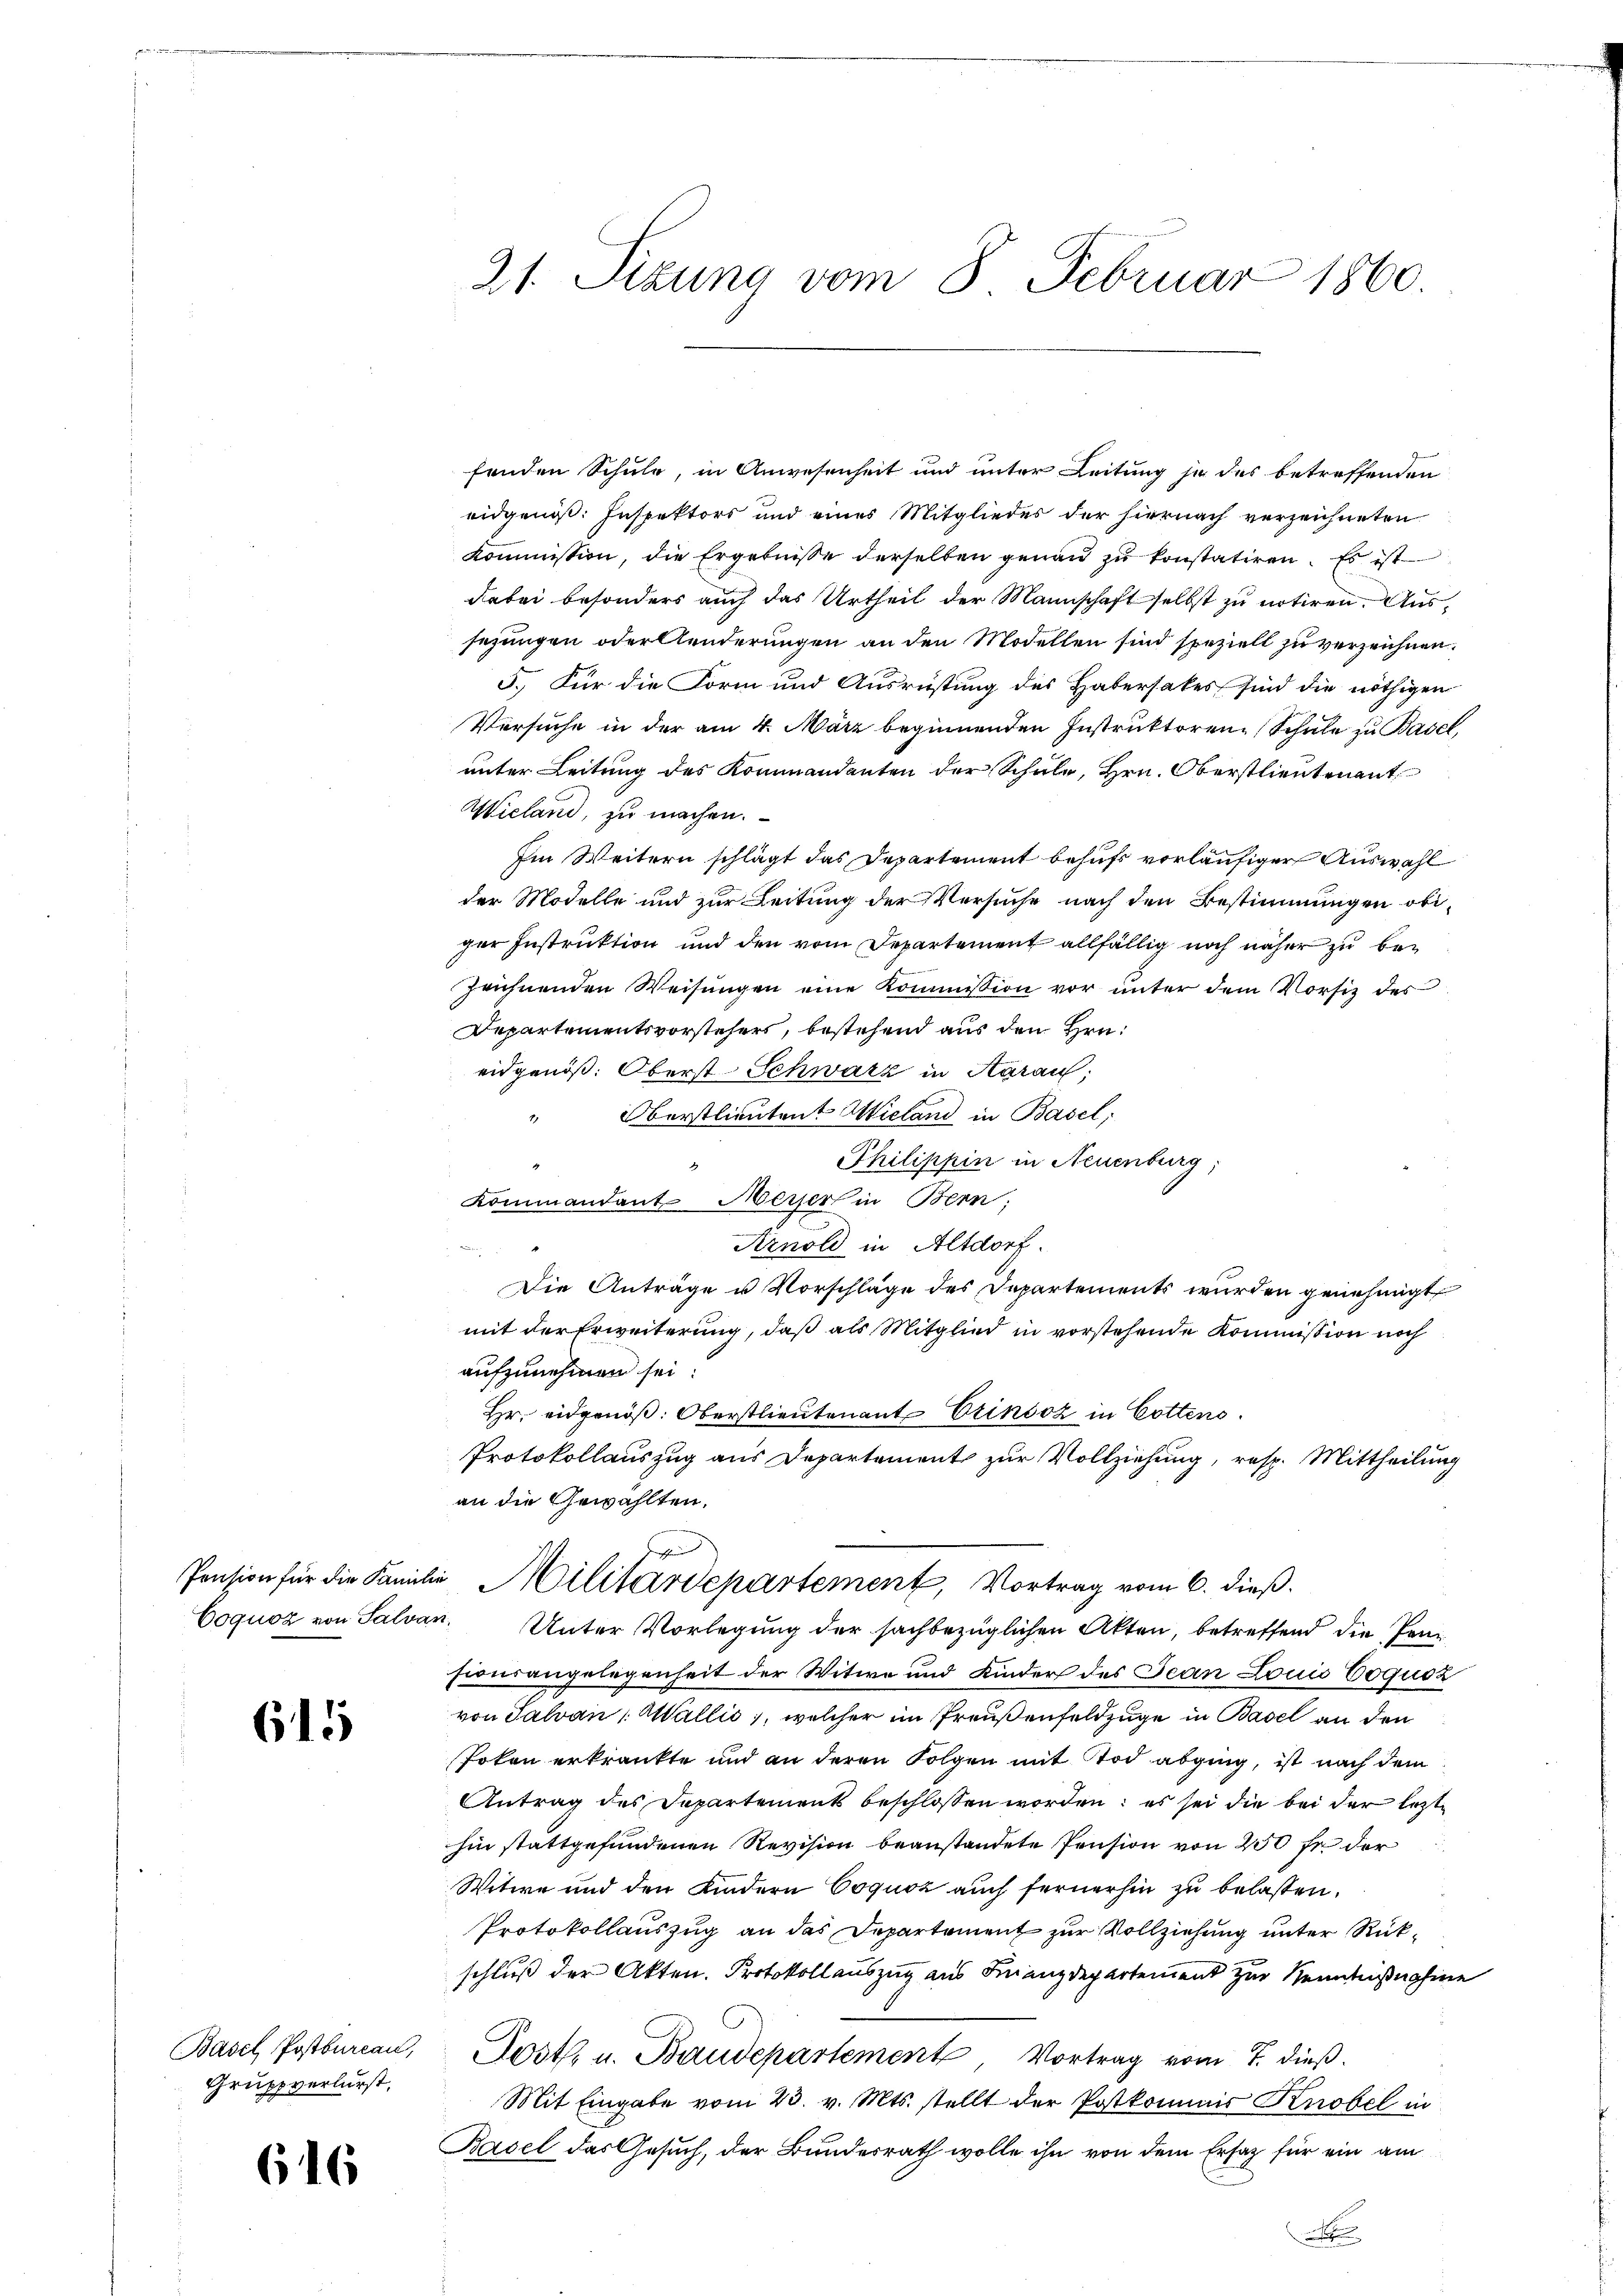
615

Basel Postbureau,
Gruppverlurst,

616

21. Sizung vom 8. Februar 1860.

fenden Schule, in Anwesenheit und unter Leitung je des betreffenden
eidgenöß: Inspektors und eines Mitgliedes der hiernach verzeichneten
kommission, die Ergebnisse derselben genau zu konstatiren. Es ist
dabei besonders auch das Urtheil der Mannschaft selbst zu notiren. Aussezungen oder Aenderungen an den Modellen sind speziell zu verzeichnen.
5. Für die Form und Ausrüstung des Habersakes sind die nöthigen
Versuche in der am 4. März beginnenden Instruktoren Schule zu Basel,
unter Leitung des Kommandanten der Schule, Hrn. Oberstlieutenant
Wieland, zu machen.
Im Weitern schlägt das Departement behufs vorläufiger Auswahl
der Modelle und zur Leitung der Versuche nach den Bestimmungen obiger Instruktion und den vom Departement allfällig noch näher zu bezeichnenden Weisŭngen eine Kommission vor ŭnter dem Vorsitz des
Departementsvorstehers, bestehend aus den Hrn.
eidgenöß. Oberst Schwarz in Aarau;
Oberstlieutent Wieland in Basel,
Philippin in Neuenburg,
Kommandant Merser in Bern,
Arnold in Altdorf.
Die Anträge u Vorschläge des Departements wurden genehmigt
mit der Erweiterung, daß als Mitglied in vorstehende Kommission noch
aufzunehmen sei.
Hr. eidgenöß. Oberstlieutenant Erinoz in Cottens
Protokollauszug aus Departement zur Vollziehung, resp. Mittheilung
an die Gewählten.
g
Pension für die Familie Militärdepartement, Vortrag vom 6. dieß.
Coquoz von Salvan. Unter Vorlegung der sachbezüglichen Akten, betreffend die Pensionsangelegenheit der Witwe und Kinder des Jean Louis Coquoz
von Salvan : Wallis, welcher im Preußenfeldzüge in Basel an den
Pokon erkrankte und an deren Folgen mit Tod abging, ist nach dem
Antrag des Departements beschlossen worden; es sei die bei der lezte
hin stattgefundenen Revision beanstandete Pension von 250 fr. der
Witwe und den Kindern Coquoz auch fernerhin zu belassen.
Protokollauszug an das Departement zur Vollziehung unter Rükschluß der Akten. Protokollauszug aus Finanzdepartement zur Kenntnißnahme
Posth. u. Baudepartement, Vortrag vom 7. dieß.
Mit Eingabe vom 23. v. Mts. stellt der Postkommnis Knobel in
Basel das Gesuch, der Bundesrath wolle ihn von dem Ersatz für ein am
x